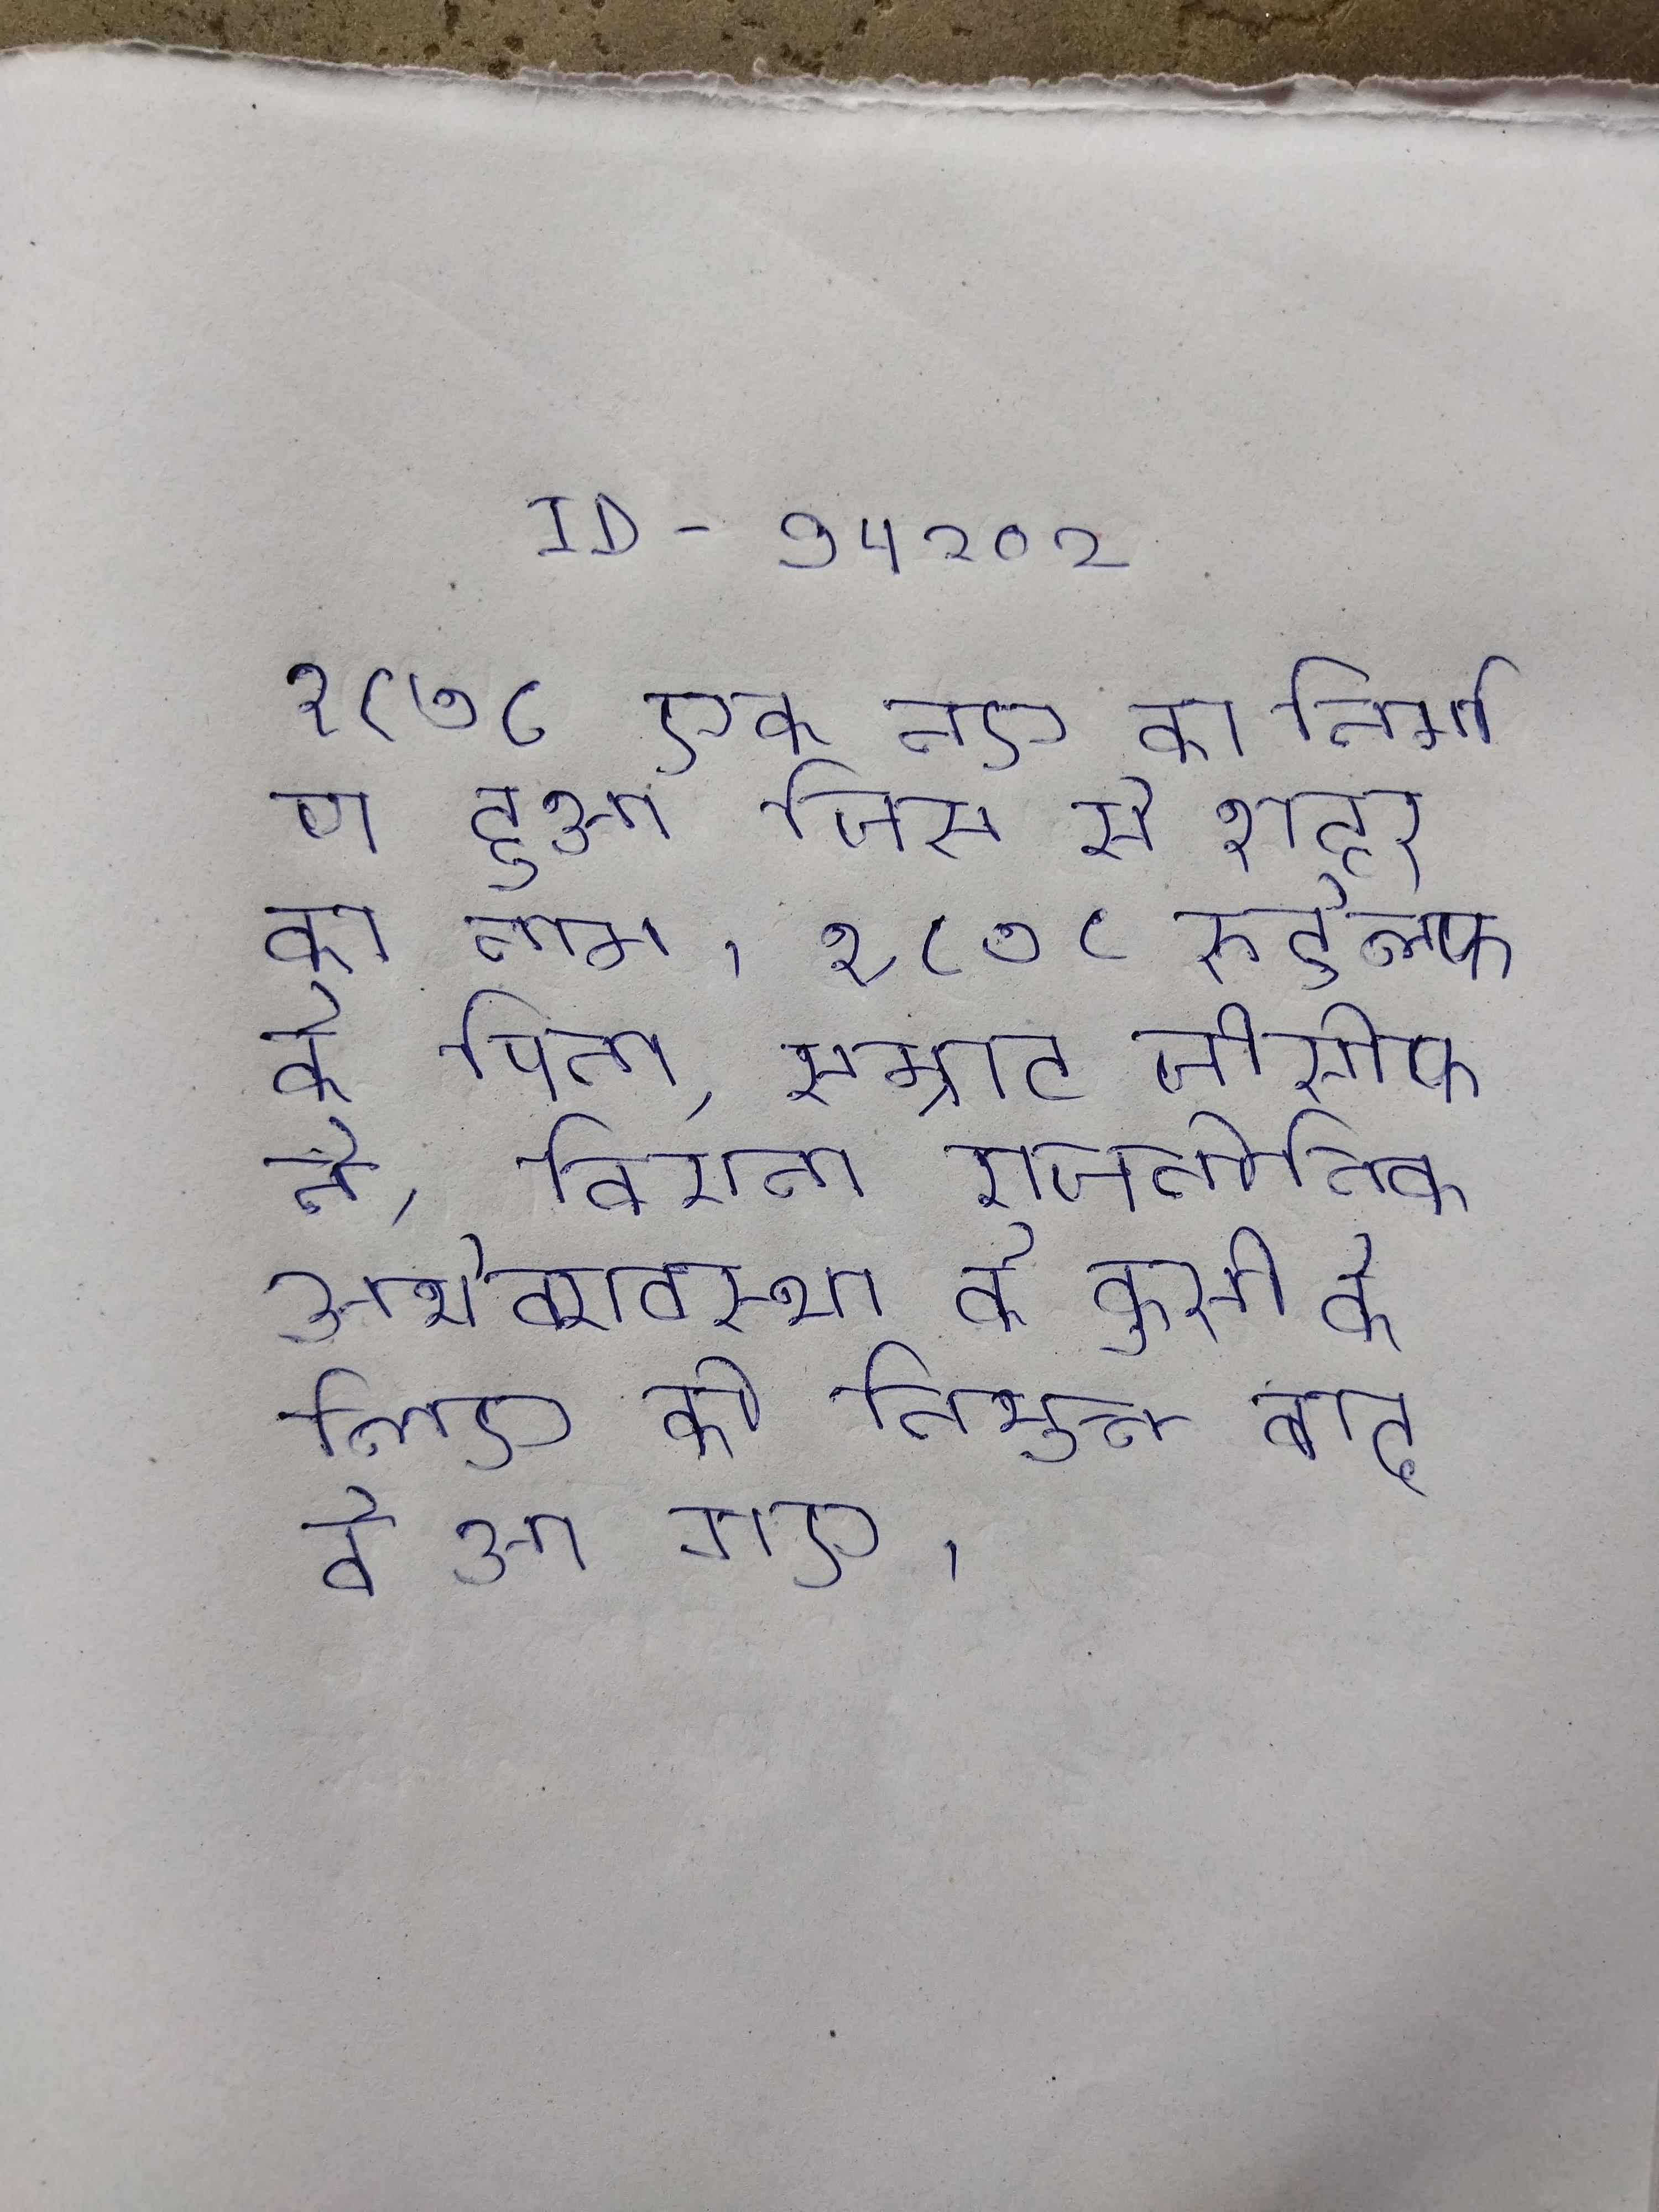
१८७८ एक नए का निर्माण हुआ जिस से शहर का नाम । १८७८ रुडोल्फ के पिता, सम्राट जोसेफ ने, वियना राजनीतिक अर्थव्यवस्था के कुर्सी के लिए को नियुक्त किया गया था । १८७८ शिक्षा समाप्ति के बाद वे आ गए ।